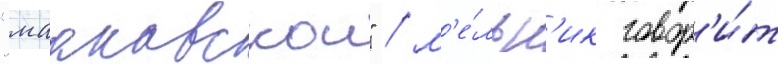
"мааковскои" / м'е́льн'ик говор'и́т